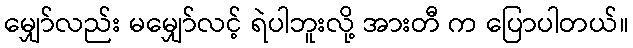
မျှော်လည်း မမျှော်လင့် ရဲပါဘူးလို့ အားတီ က ပြောပါတယ်။